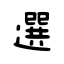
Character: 選